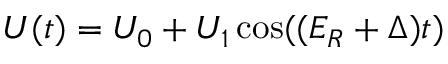
U ( t ) = U _ { 0 } + U _ { 1 } \cos ( ( E _ { R } + \Delta ) t )